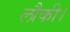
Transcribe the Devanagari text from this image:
लौकी।